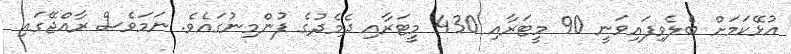
އުޅޭކަމަށް ބެލެވިފައިވަނީ 90 މީޓަރާއި 430 މީޓަރާއި ދެމެދުގެ ފުންމިނުގައެވެ. ނަމަވެސް ރާއްޖޭގައި